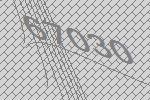
67030